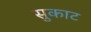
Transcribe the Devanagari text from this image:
सुकाट